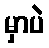
မှာပဲ